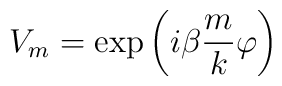
V_{m}=\exp \left( {i\beta }\frac{m}{k}\varphi \right)